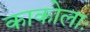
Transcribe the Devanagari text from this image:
काकोलाः